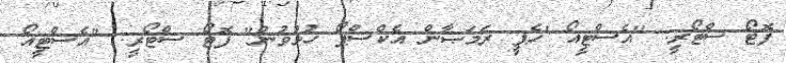
ފޮޓޯ ސްޓޯރީ: "އެސްޓީއޯ 'ހެޕީ ރަމަޞާން އެކްސްޕޯ ހުޅުވުން" ފޮޓޯ ސްޓޯރީ: "އެސްޓީއޯ